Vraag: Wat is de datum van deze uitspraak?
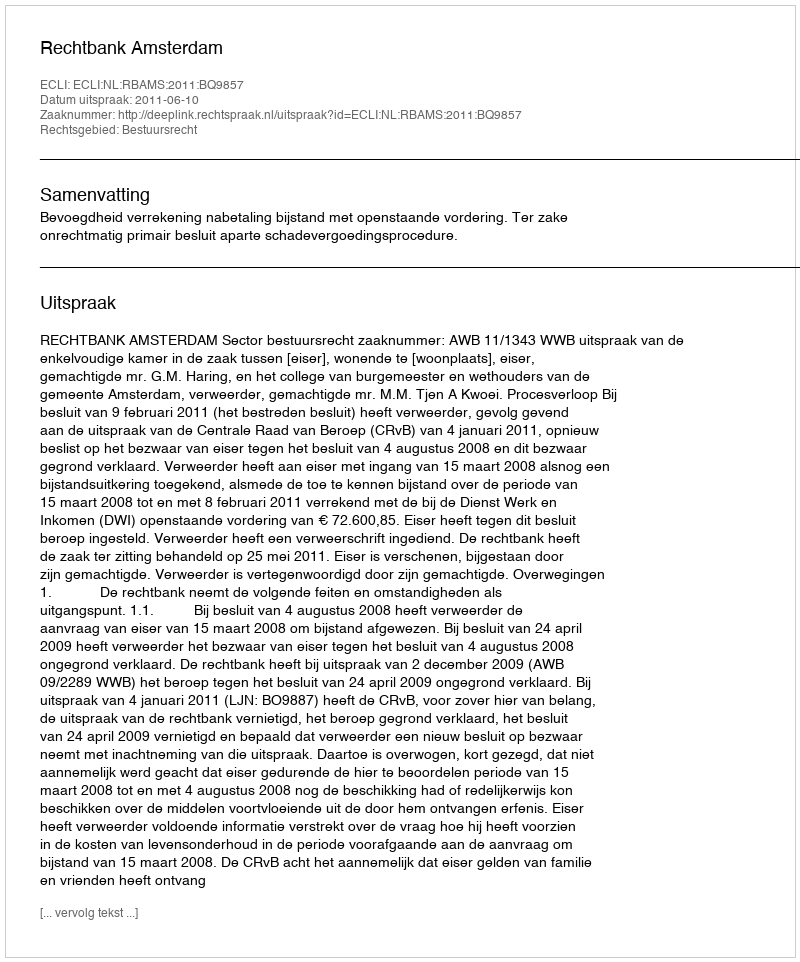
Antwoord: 2011-06-10